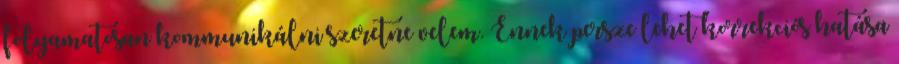
folyamatosan kommunikálni szeretne velem. Ennek persze lehet korrekciós hatása